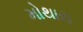
મોથારા